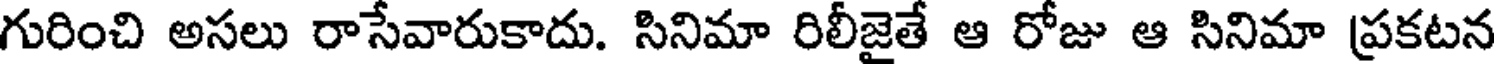
గురించి అసలు రాసేవారుకాదు. సినిమా రిలీజైతే ఆ రోజు ఆ సినిమా ప్రకటన